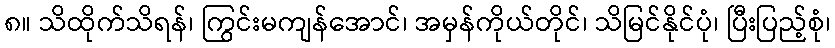
၈။ သိထိုက်သိရန်၊ ကြွင်းမကျန်အောင်၊ အမှန်ကိုယ်တိုင်၊ သိမြင်နိုင်ပုံ၊ ပြီးပြည့်စုံ၊